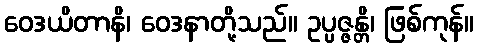
ဝေဒယိတာနိ၊ ဝေဒနာတို့သည်။ ဥပ္ပဇ္ဇန္တိ၊ ဖြစ်ကုန်။